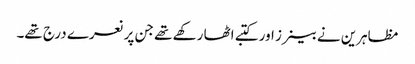
مظاہرین نے بینرز اور کتبے اٹھا رکھے تھے جن پر نعرے درج تھے۔